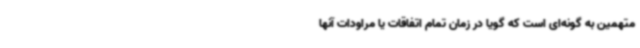
متهمین به گونه‌ای است که گویا در زمان تمام اتفاقات یا مراودات آنها